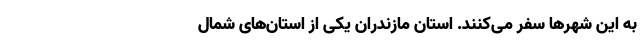
به این شهرها سفر می­‌کنند. استان مازندران یکی از استا­ن­‌های شمال